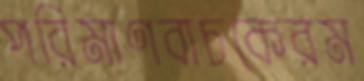
পরিমাণবাচকেরম